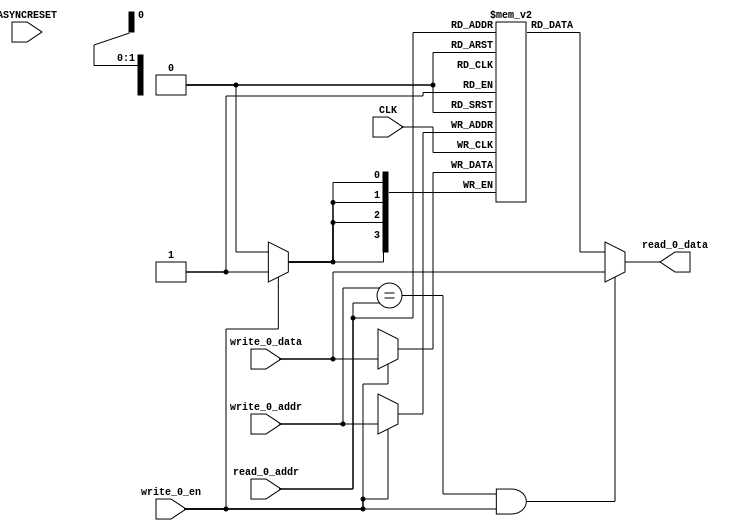
module my_regfile (
    input ASYNCRESET,
    input CLK,
    input [1:0] read_0_addr,
    output [3:0] read_0_data,
    input [1:0] write_0_addr,
    input [3:0] write_0_data,
    input write_0_en
);

reg [3:0] data [3:0];
always @(posedge CLK) begin
    if (write_0_en) begin
        data[write_0_addr] <= write_0_data;
    end
end
assign read_0_data = write_0_addr == read_0_addr & write_0_en ? write_0_data : data[read_0_addr];


endmodule

module test_regfile_enable_verilog (
    input [1:0] write_addr,
    input [3:0] write_data,
    input write_enable,
    input [1:0] read_addr,
    output [3:0] read_data,
    input CLK,
    input ASYNCRESET
);
wire [3:0] my_regfile_read_0_data;
my_regfile my_regfile (
    .ASYNCRESET(ASYNCRESET),
    .CLK(CLK),
    .read_0_addr(read_addr),
    .read_0_data(my_regfile_read_0_data),
    .write_0_addr(write_addr),
    .write_0_data(write_data),
    .write_0_en(write_enable)
);
assign read_data = my_regfile_read_0_data;
endmodule